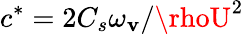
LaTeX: c^{*}=2C_{s}\omega_{\mathbf{v}}/\rhoU^{2}